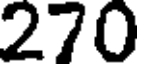
270